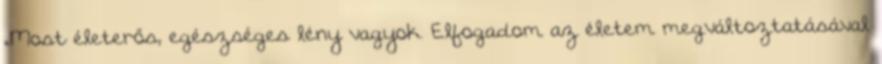
„Most életerős, egészséges lény vagyok. Elfogadom az életem megváltoztatásával